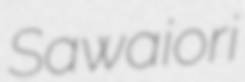
Sawaiori